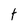
Character: t